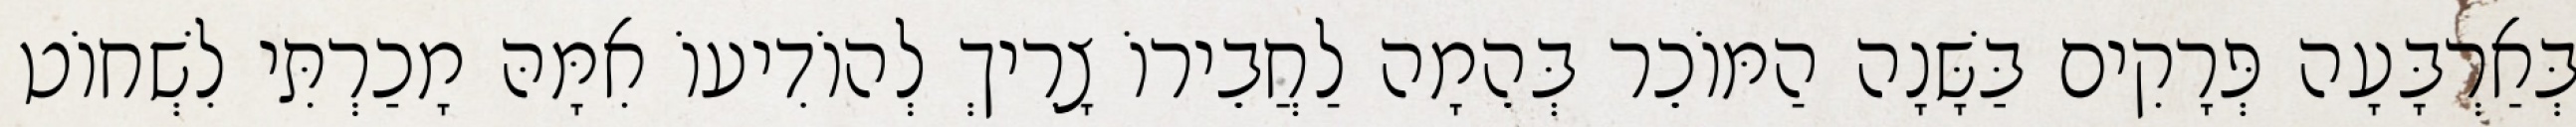
בְּאַרְבָּעָה פְּרָקִים בַּשָּׁנָה הַמּוֹכֵר בְּהֵמָה לַחֲבֵירוֹ צָרִיךְ לְהוֹדִיעוֹ אִמָּהּ מָכַרְתִּי לִשְׁחוֹט